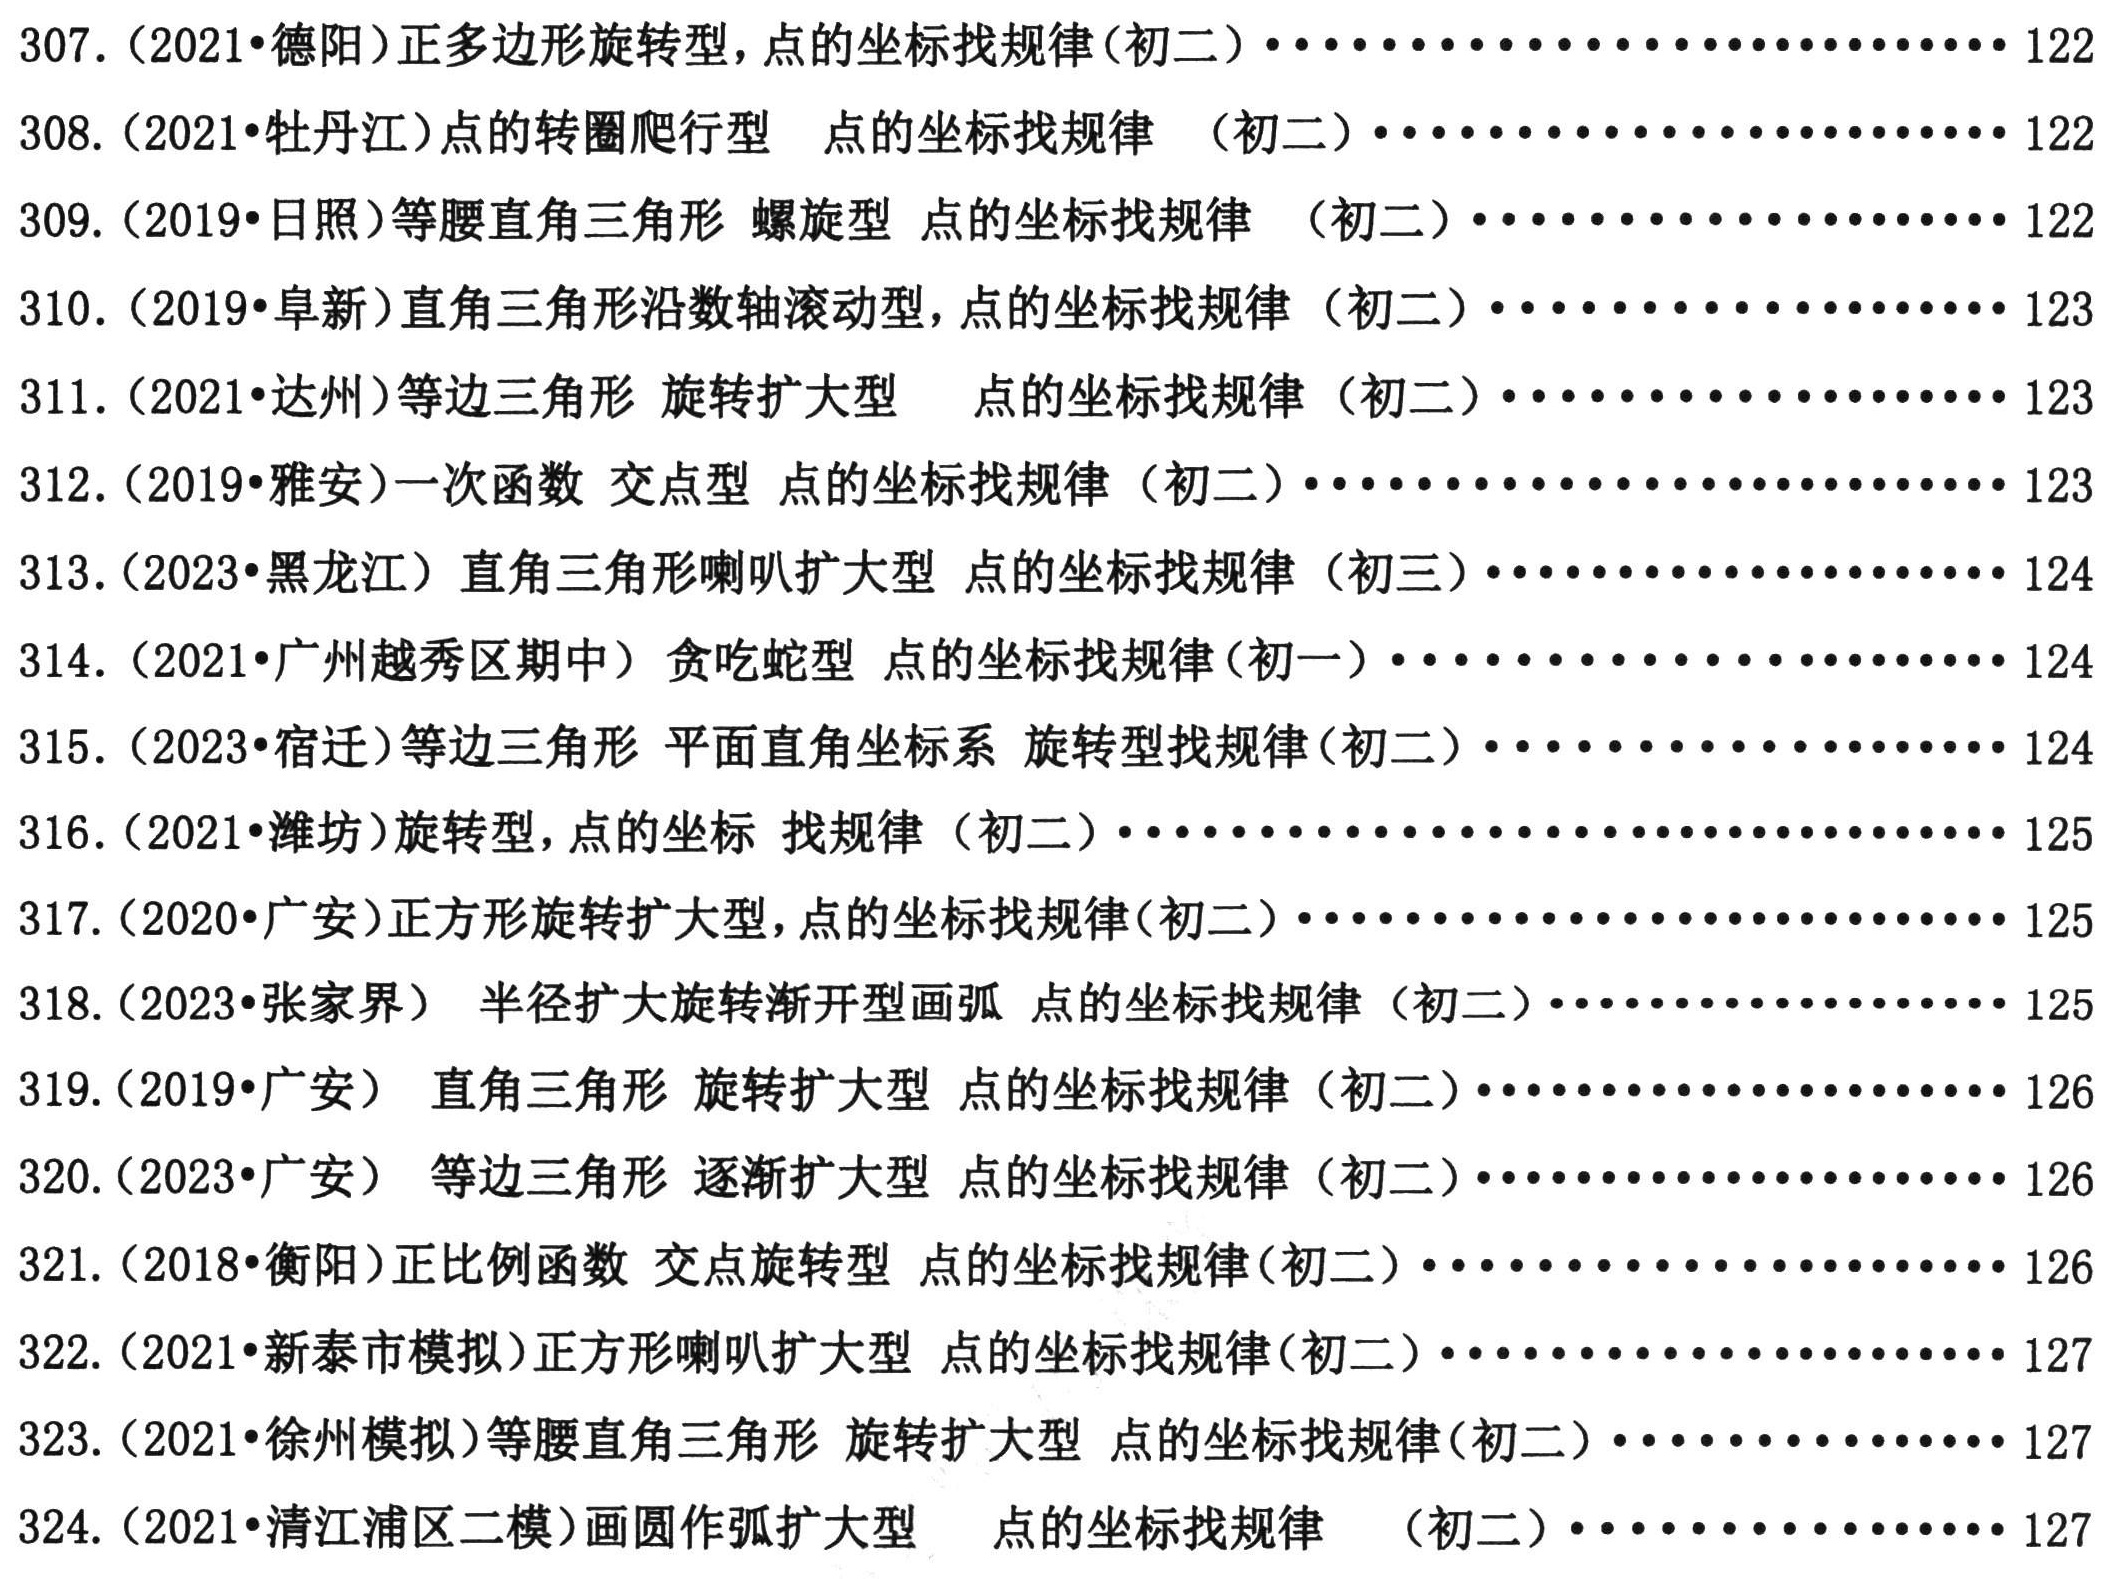
307. (2021•德阳)正多边形旋转型，点的坐标找规律(初二)······················122
308. (2021•牡丹江)点的转圈爬行型 点的坐标找规律  (初二)······················122
309. (2019•日照)等腰直角三角形 螺旋型 点的坐标找规律  (初二)······················122
310. (2019•阜新)直角三角形沿数轴滚动型 点的坐标找规律  (初二)······················123
311. (2021•达州)等边三角形 旋转扩大型  点的坐标找规律 (初二)······················123
312. (2019•雅安)一次函数 交点型 点的坐标找规律 (初二)······················123
313. (2023•黑龙江) 直角三角形喇叭扩大型 点的坐标找规律 (初三)······················124
314. (2021•广州越秀区期中) 贪吃蛇型 点的坐标找规律(初一)······················124
315. (2023•宿迁)等边三角形 平面直角坐标系 旋转型找规律(初二)······················124
316. (2021•潍坊)旋转型，点的坐标 找规律 (初二)······················125
317. (2020•广安)正方形旋转扩大型，点的坐标找规律(初二)······················125
318. (2023•张家界 ) 半径扩大旋转渐开型画弧 点的坐标找规律 (初二)······················125
319. (2019•广安)  直角三角形 旋转扩大型 点的坐标找规律 (初二)······················126
320. (2023•广安)  等边三角形 逐渐扩大型 点的坐标找规律 (初二)······················126
321. (2018•衡阳)正比例函数 交点旋转型 点的坐标找规律 (初二)······················126
322. (2021•新泰市模拟)正方形喇叭扩大型 点的坐标找规律(初二)······················127
323. (2021•徐州模拟)等腰直角三角形 旋转扩大型 点的坐标找规律(初二)······················127
324. (2021•清江浦区二模)画圆作弧扩大型  点的坐标找规律  (初二)······················127